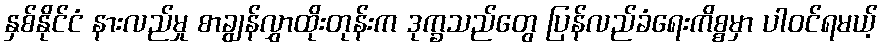
နှစ်နိုင်ငံ နားလည်မှု စာချွန်လွှာထိုးတုန်းက ဒုက္ခသည်တွေ ပြန်လည်ခံရေးကိစ္စမှာ ပါဝင်ရမယ့်